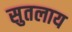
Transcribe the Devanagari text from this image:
सुतलाय